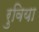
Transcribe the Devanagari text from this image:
रुविया